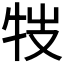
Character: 𤘸